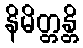
နိမိတ္တန္တိ